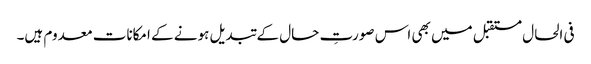
فی الحال مستقبل میں بھی اس صورتِ حال کے تبدیل ہونے کے امکانات معدوم ہیں۔